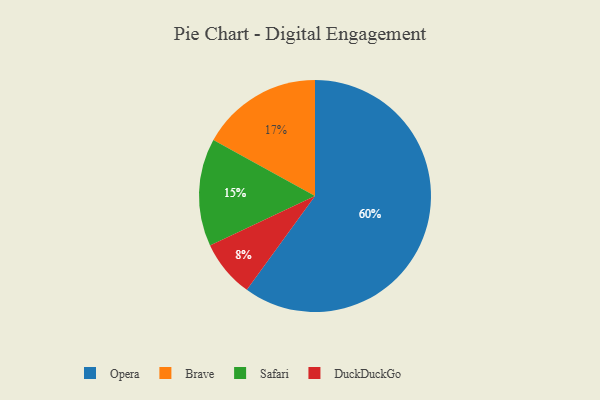
{"axis": {"x": "Category", "y": "Percentage"}, "legend": ["Brave", "DuckDuckGo", "Opera", "Safari"], "data": [{"x": "Safari", "y": 15, "type": "Safari"}, {"x": "Opera", "y": 60, "type": "Opera"}, {"x": "Brave", "y": 17, "type": "Brave"}, {"x": "DuckDuckGo", "y": 8, "type": "DuckDuckGo"}]}